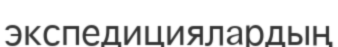
экспедициялардың